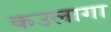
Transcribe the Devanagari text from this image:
कउलागा